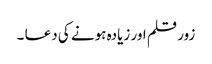
زور قلم اور زیادہ ہونے کی دعا ۔